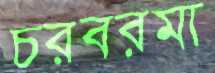
চরবরমা